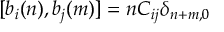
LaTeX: [ b _ { i } ( n ) , b _ { j } ( m ) ] = n C _ { i j } \delta _ { n + m , 0 }